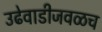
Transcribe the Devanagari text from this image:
उढेवाडीजवळच